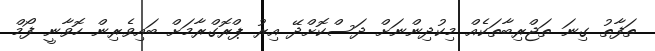
ތަފާތު ގިނަ ތަޖްރިބާތަކެއް މިކުދިންނަށް ދަސްކޮށްދޭ އިރު ޕްރޮގްރާމަށް ބައިވެރިން ހޮވާނީ ފޯމް